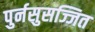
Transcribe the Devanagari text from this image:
पुर्नसुसज्जित